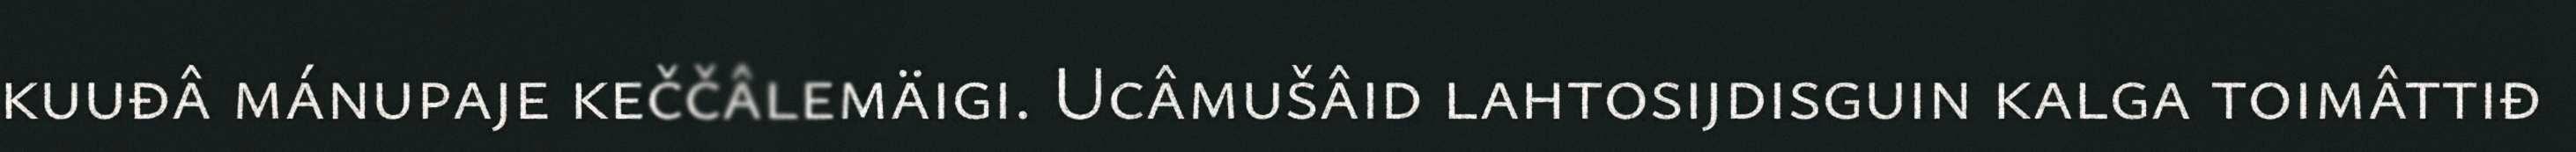
kuuđâ mánupaje keččâlemäigi. Ucâmušâid lahtosijdisguin kalga toimâttiđ